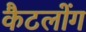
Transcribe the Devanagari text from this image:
कैटलोंग